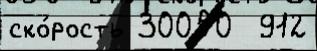
ско́рость 30050  912